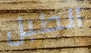
الطبل